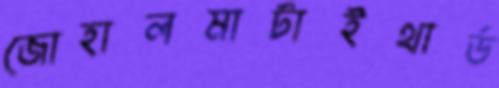
জোহালমাটাইথার্ড